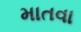
માતવા